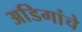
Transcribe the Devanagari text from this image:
अडिगांचे